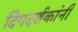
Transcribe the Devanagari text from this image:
दिगदर्शकांनी